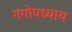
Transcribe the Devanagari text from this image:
गंगोपध्याय